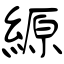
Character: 縓